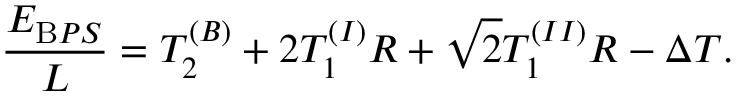
\frac { E _ { { \mathrm B P S } } } { L } = T _ { 2 } ^ { ( B ) } + 2 T _ { 1 } ^ { ( I ) } R + \sqrt { 2 } T _ { 1 } ^ { ( I I ) } R - \Delta T .